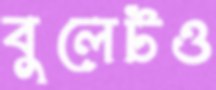
বুলেটও